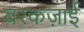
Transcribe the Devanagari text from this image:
बरकज़ाई